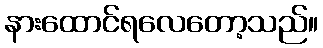
နားထောင်ရလေတော့သည်။